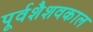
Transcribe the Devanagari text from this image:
पूर्वशैशवकाल